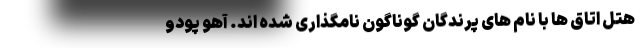
هتل اتاق ها با نام های پرندگان گوناگون نامگذاری شده اند. آهو پودو